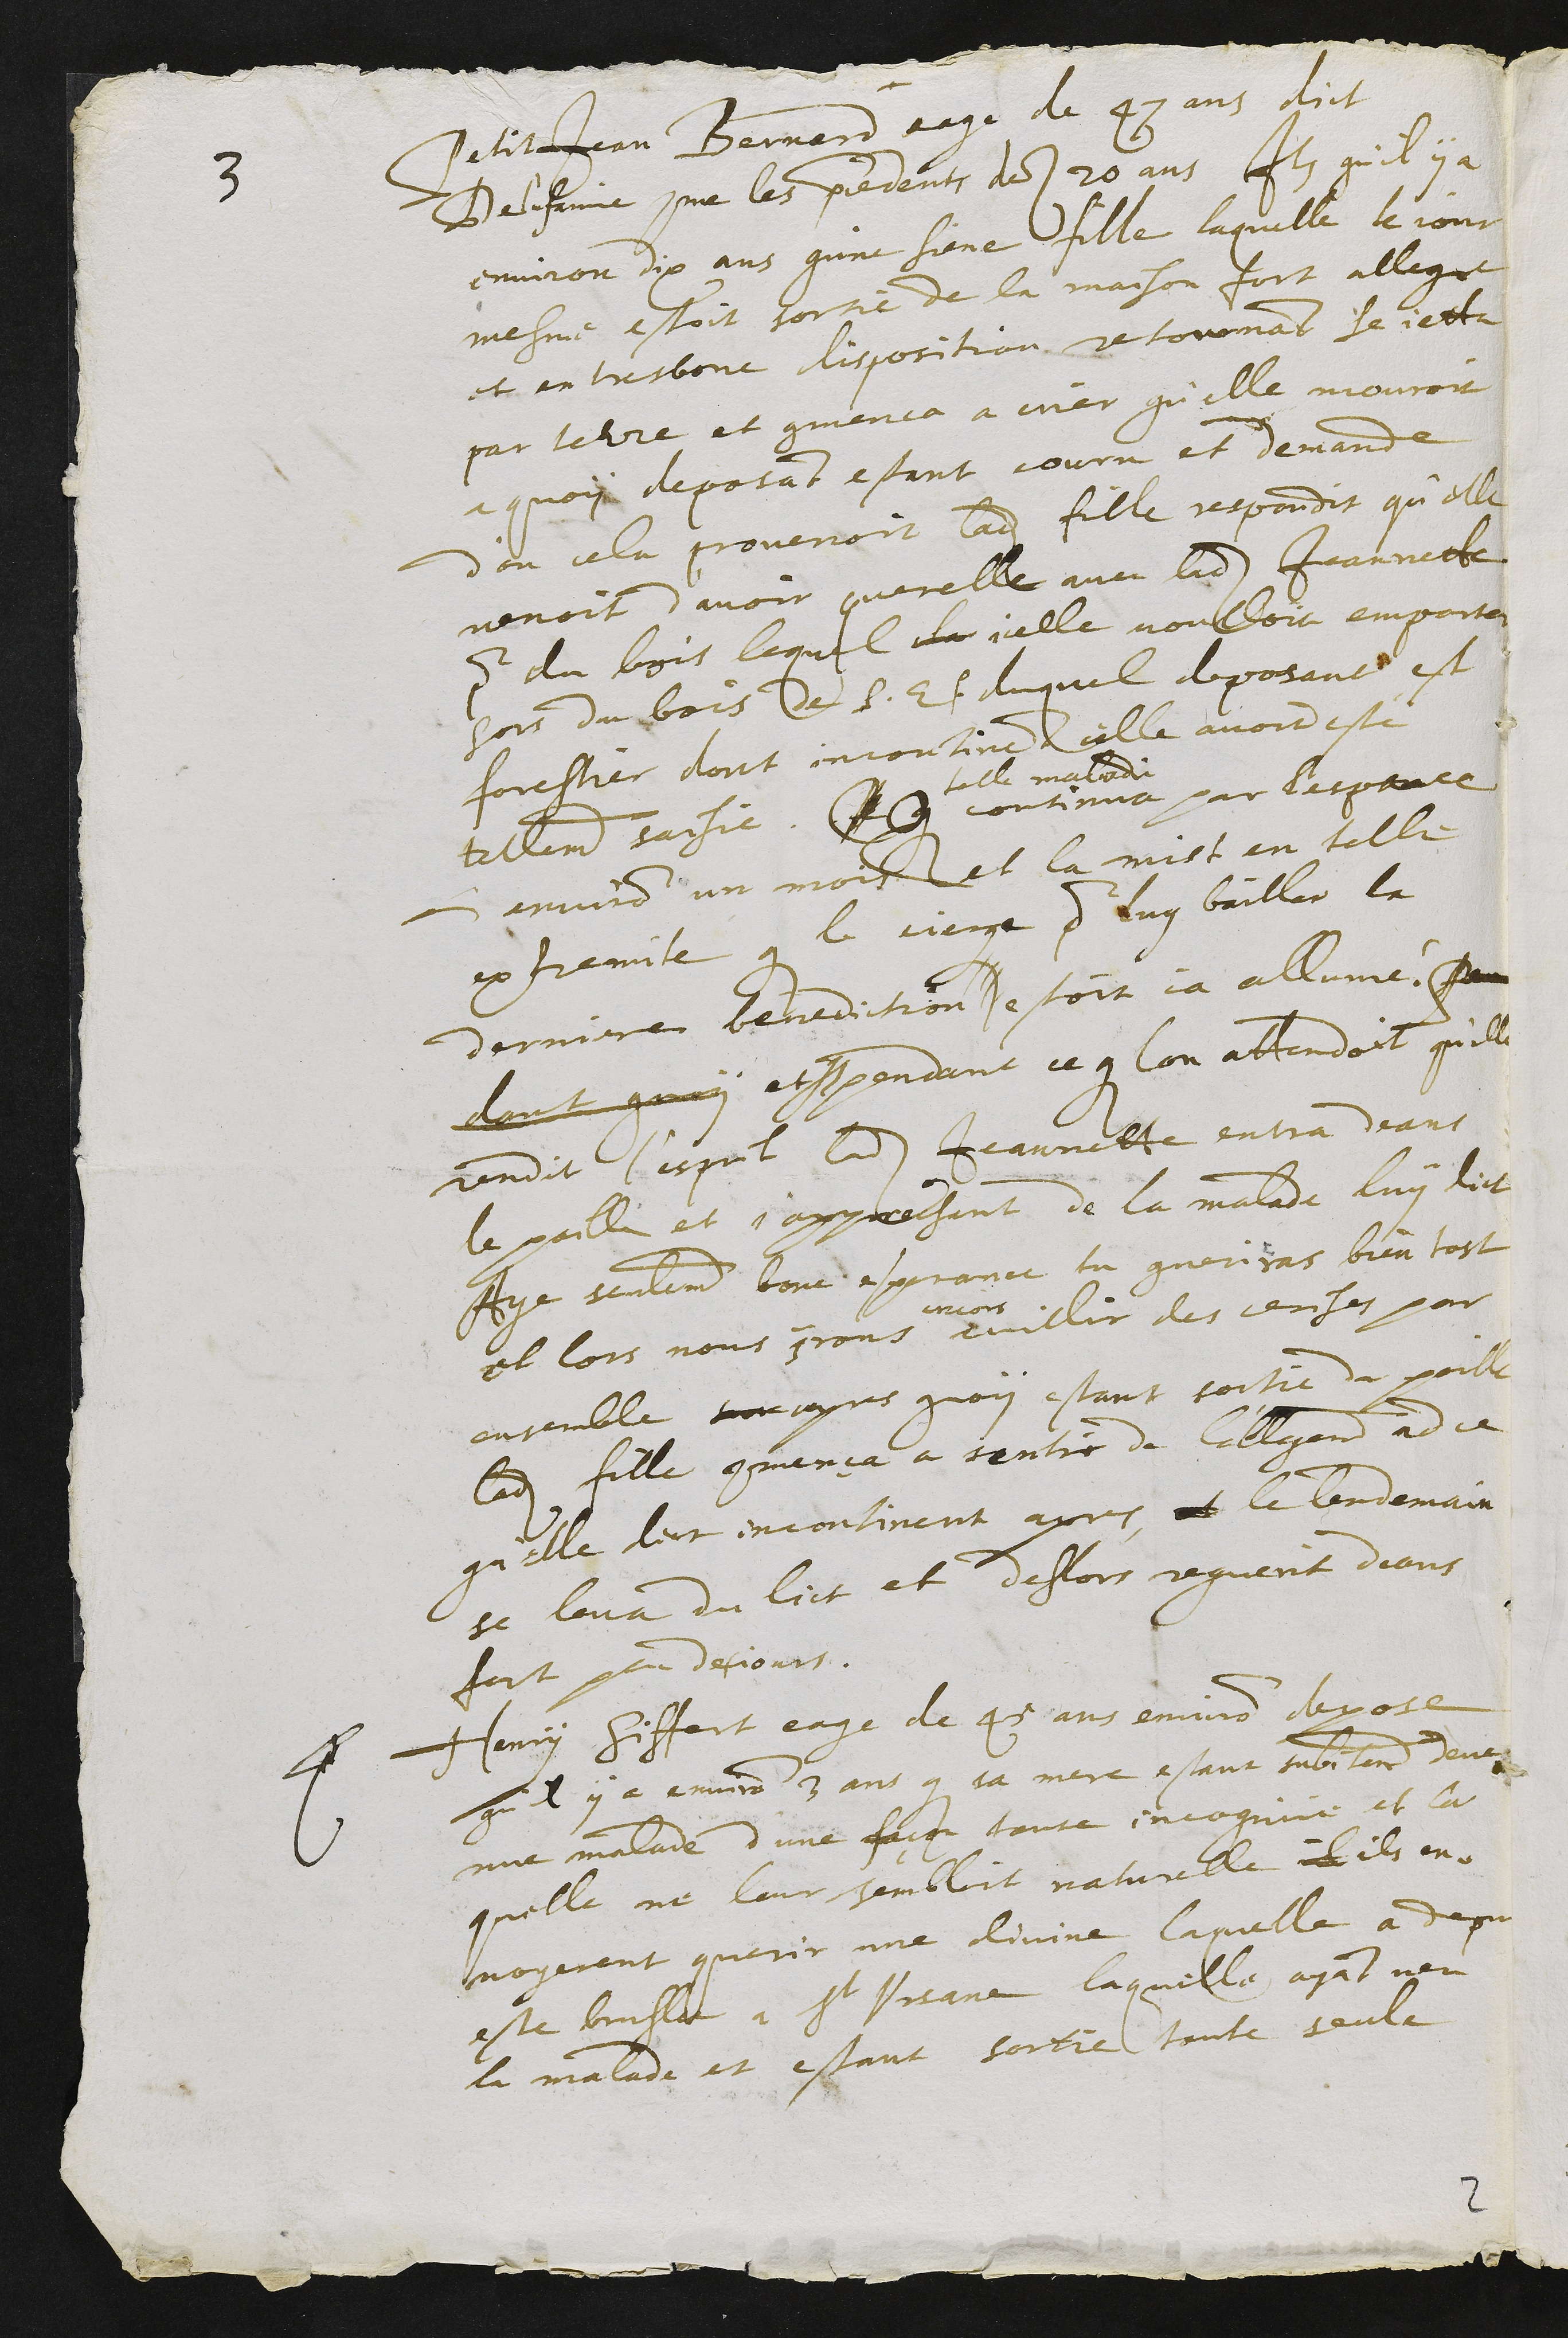
De l'infamie comme les precedents des 20 ans Item qu'il y a
environ dix ans qu'ne siene fille laquelle le jour
mesme estoit sortie de la maison fort allegre
et en tres bone disposition retournant se jetta
par terre et commenca a crier qu'elle mouroit
a quoy deposant estant couru et demande
d'ou cela provenoit ladite fille respondit qu'elle
venoit d'avoir querelle avec ladite Jeannette
pour du bois lequel la icelle voulloit emporter
hors du bois de S. E. duquel deposant est
forestier dont incontinent icelle avoit esté
tellement saisie.
E G
telle maladie
continua par l'espace
d'environ un mois et la mist en telle
extremite que le cierge pour luy bailler la
derniere benediction estoit ja allumé. Peu
dont guery et que pendant ce que lon attendoit qu'elle
rendit l'esprit ladite Jeannette entra deans
le poille et s'approchant de la malade luy dict
Aye seulement bone espreance tu gueriras bien tost
et lors nous irons
encore
cuillir des cerises par
ensemble sur apres quoy estant sortie du poille
ladite fille commença a sentir de l'allegement ad ce
qu'elle dict incontinent apres, et le lendemain
se leva du lict et deslors reguerit deans
fort peu de jours.
4 Henry Siffert eage de 45 ans environ depose
qu'il y a environ 3 ans que sa mere estant subitement deve-
nue malade d'une façon toute incognue et la
quelle ne leur sembloit naturelle il ils en-
voyerent querir une divine laquelle a depuis
este bruslee a St Ursane laquelle ayant veu
la malade et estant sortie toute seule